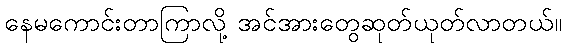
နေမကောင်းတာကြာလို့ အင်အားတွေဆုတ်ယုတ်လာတယ်။